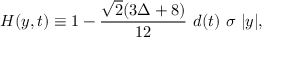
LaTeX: H ( y , t ) \equiv 1 - \frac { \sqrt { 2 } ( 3 \Delta + 8 ) } { 1 2 } \ d ( t ) \ \sigma \ | y | ,